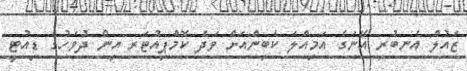
ޒައުލް އެނބުރި އޭނަގެ އަމިއްލަ ކެބިންއަށް ވަދެ ކޮމްޕިއުޓަރ އިން ދުވަހުގެ ޑިއުޓީ